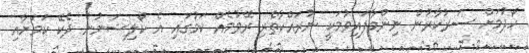
ހޯދުމަށް ސަރުކާރުން ނިންމާފައިވުމަކީ ނުރައްކާތެރި ރޭވުމެއް ކަމުގައި އެ ކޯލިޝަނުން ދެކޭ ކަމަށާއި